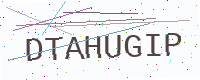
Text: DTAHUGIP